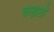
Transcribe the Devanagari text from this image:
सड़ाते